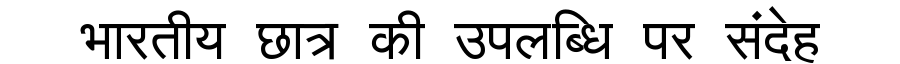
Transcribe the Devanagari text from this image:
भारतीय छात्र की उपलब्धि पर संदेह